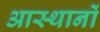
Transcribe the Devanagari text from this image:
आस्थानों